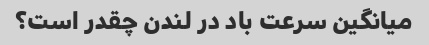
میانگین سرعت باد در لندن چقدر است؟